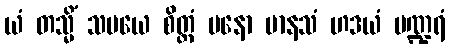
ယံ တသ္မိံ သမယေ စိတ္တံ မနော မာနသံ ဟဒယံ ပဏ္ဍရံ